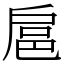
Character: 扈